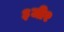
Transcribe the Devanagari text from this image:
३जी२